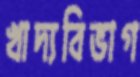
খাদ্যবিভাগ